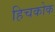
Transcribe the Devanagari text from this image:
हिचकोक